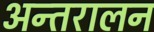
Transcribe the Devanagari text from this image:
अन्तरालन